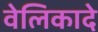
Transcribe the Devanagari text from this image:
वेलिकादे